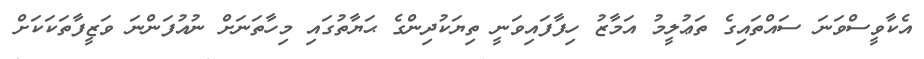
އެކާވީސްވަނަ ސައްތައިގެ ތަޢުލީމު އަމާޒު ހިފާފައިވަނީ ތިޔަކުދިންގެ ޙަޔާތުގައި މިހާތަނަށް ނުއުފަންނަ ވަޒީފާތަކަކަށް